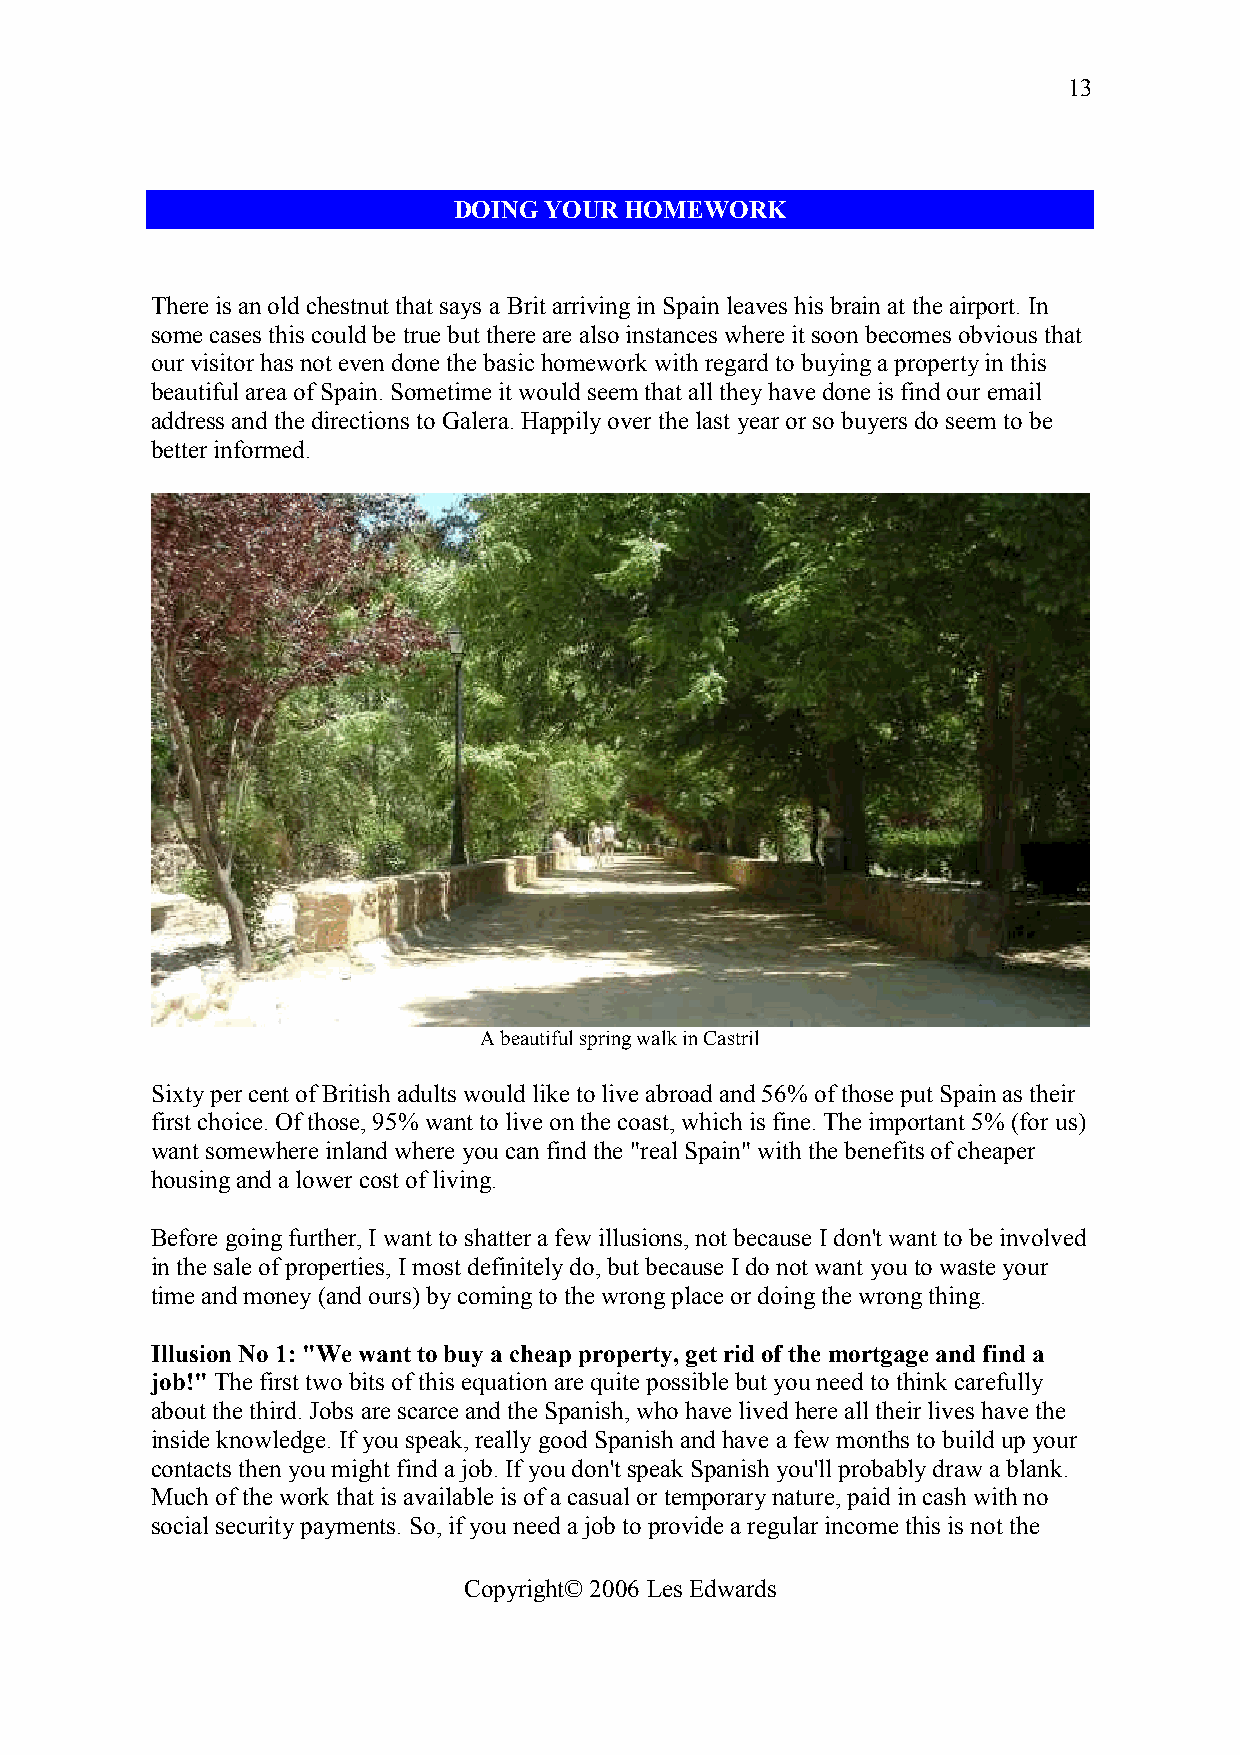
13
 DOING YOUR HOMEWORK
 There is an old chestnut that says a Brit arriving in Spain leaves his brain at the airport. In
 some cases this could be true but there are also instances where it soon becomes obvious that
 our visitor has not even done the basic homework with regard to buying a property in this
 beautiful area of Spain. Sometime it would seem that all they have done is find our email
 address and the directions to Galera. Happily over the last year or so buyers do seem to be
 better informed.
 A beautiful spring walk in Castril
 Sixty per cent of British adults would like to live abroad and 56% of those put Spain as their
 first choice. Of those, 95% want to live on the coast, which is fine. The important 5% (for us)
 want somewhere inland where you can find the "real Spain" with the benefits of cheaper
 housing and a lower cost of living.
 Before going further, I want to shatter a few illusions, not because I don't want to be involved
 in the sale of properties, I most definitely do, but because I do not want you to waste your
 time and money (and ours) by coming to the wrong place or doing the wrong thing.
 Illusion No 1: "We want to buy a cheap property, get rid of the mortgage and find a
 job!" The first two bits of this equation are quite possible but you need to think carefully
 about the third. Jobs are scarce and the Spanish, who have lived here all their lives have the
 inside knowledge. If you speak, really good Spanish and have a few months to build up your
 contacts then you might find a job. If you don't speak Spanish you'll probably draw a blank.
 Much of the work that is available is of a casual or temporary nature, paid in cash with no
 social security payments. So, if you need a job to provide a regular income this is not the
 Copyright© 2006 Les Edwards